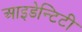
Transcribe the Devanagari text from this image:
आइडेन्टिटी